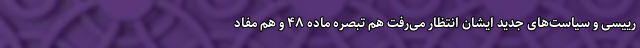
ريیسی و سیاست‌های جدید ایشان انتظار می‌رفت هم تبصره ماده ۴۸ و هم مفاد